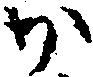
か